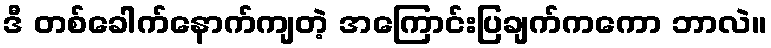
ဒီ တစ်ခေါက်နောက်ကျတဲ့ အကြောင်းပြချက်ကကော ဘာလဲ။